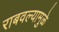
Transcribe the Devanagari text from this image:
राबवल्यामुळे